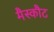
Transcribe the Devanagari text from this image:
मैस्कौट